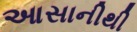
આસાનીથી